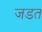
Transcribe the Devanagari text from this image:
जडत